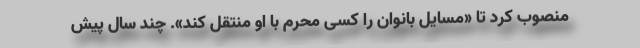
منصوب کرد تا «مسایل بانوان را کسی محرم با او منتقل کند». چند سال پیش